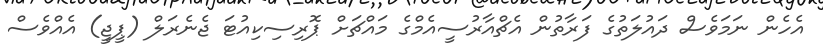
އެހެން ނަމަވެސް ދައުލަތުގެ ފަރާތުން އެޗްއާރުސީއެމްގެ މައްޗަށް ޕޮރިސިކިއުޓަ ޖެނެރަލް (ޕީޖީ) އެއްވެސް